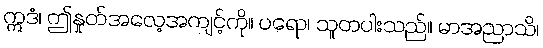
ဣဒံ၊ ဤနှုတ်အလေ့အကျင့်ကို။ ပရော၊ သူတပါးသည်။ မာအညာသိ၊